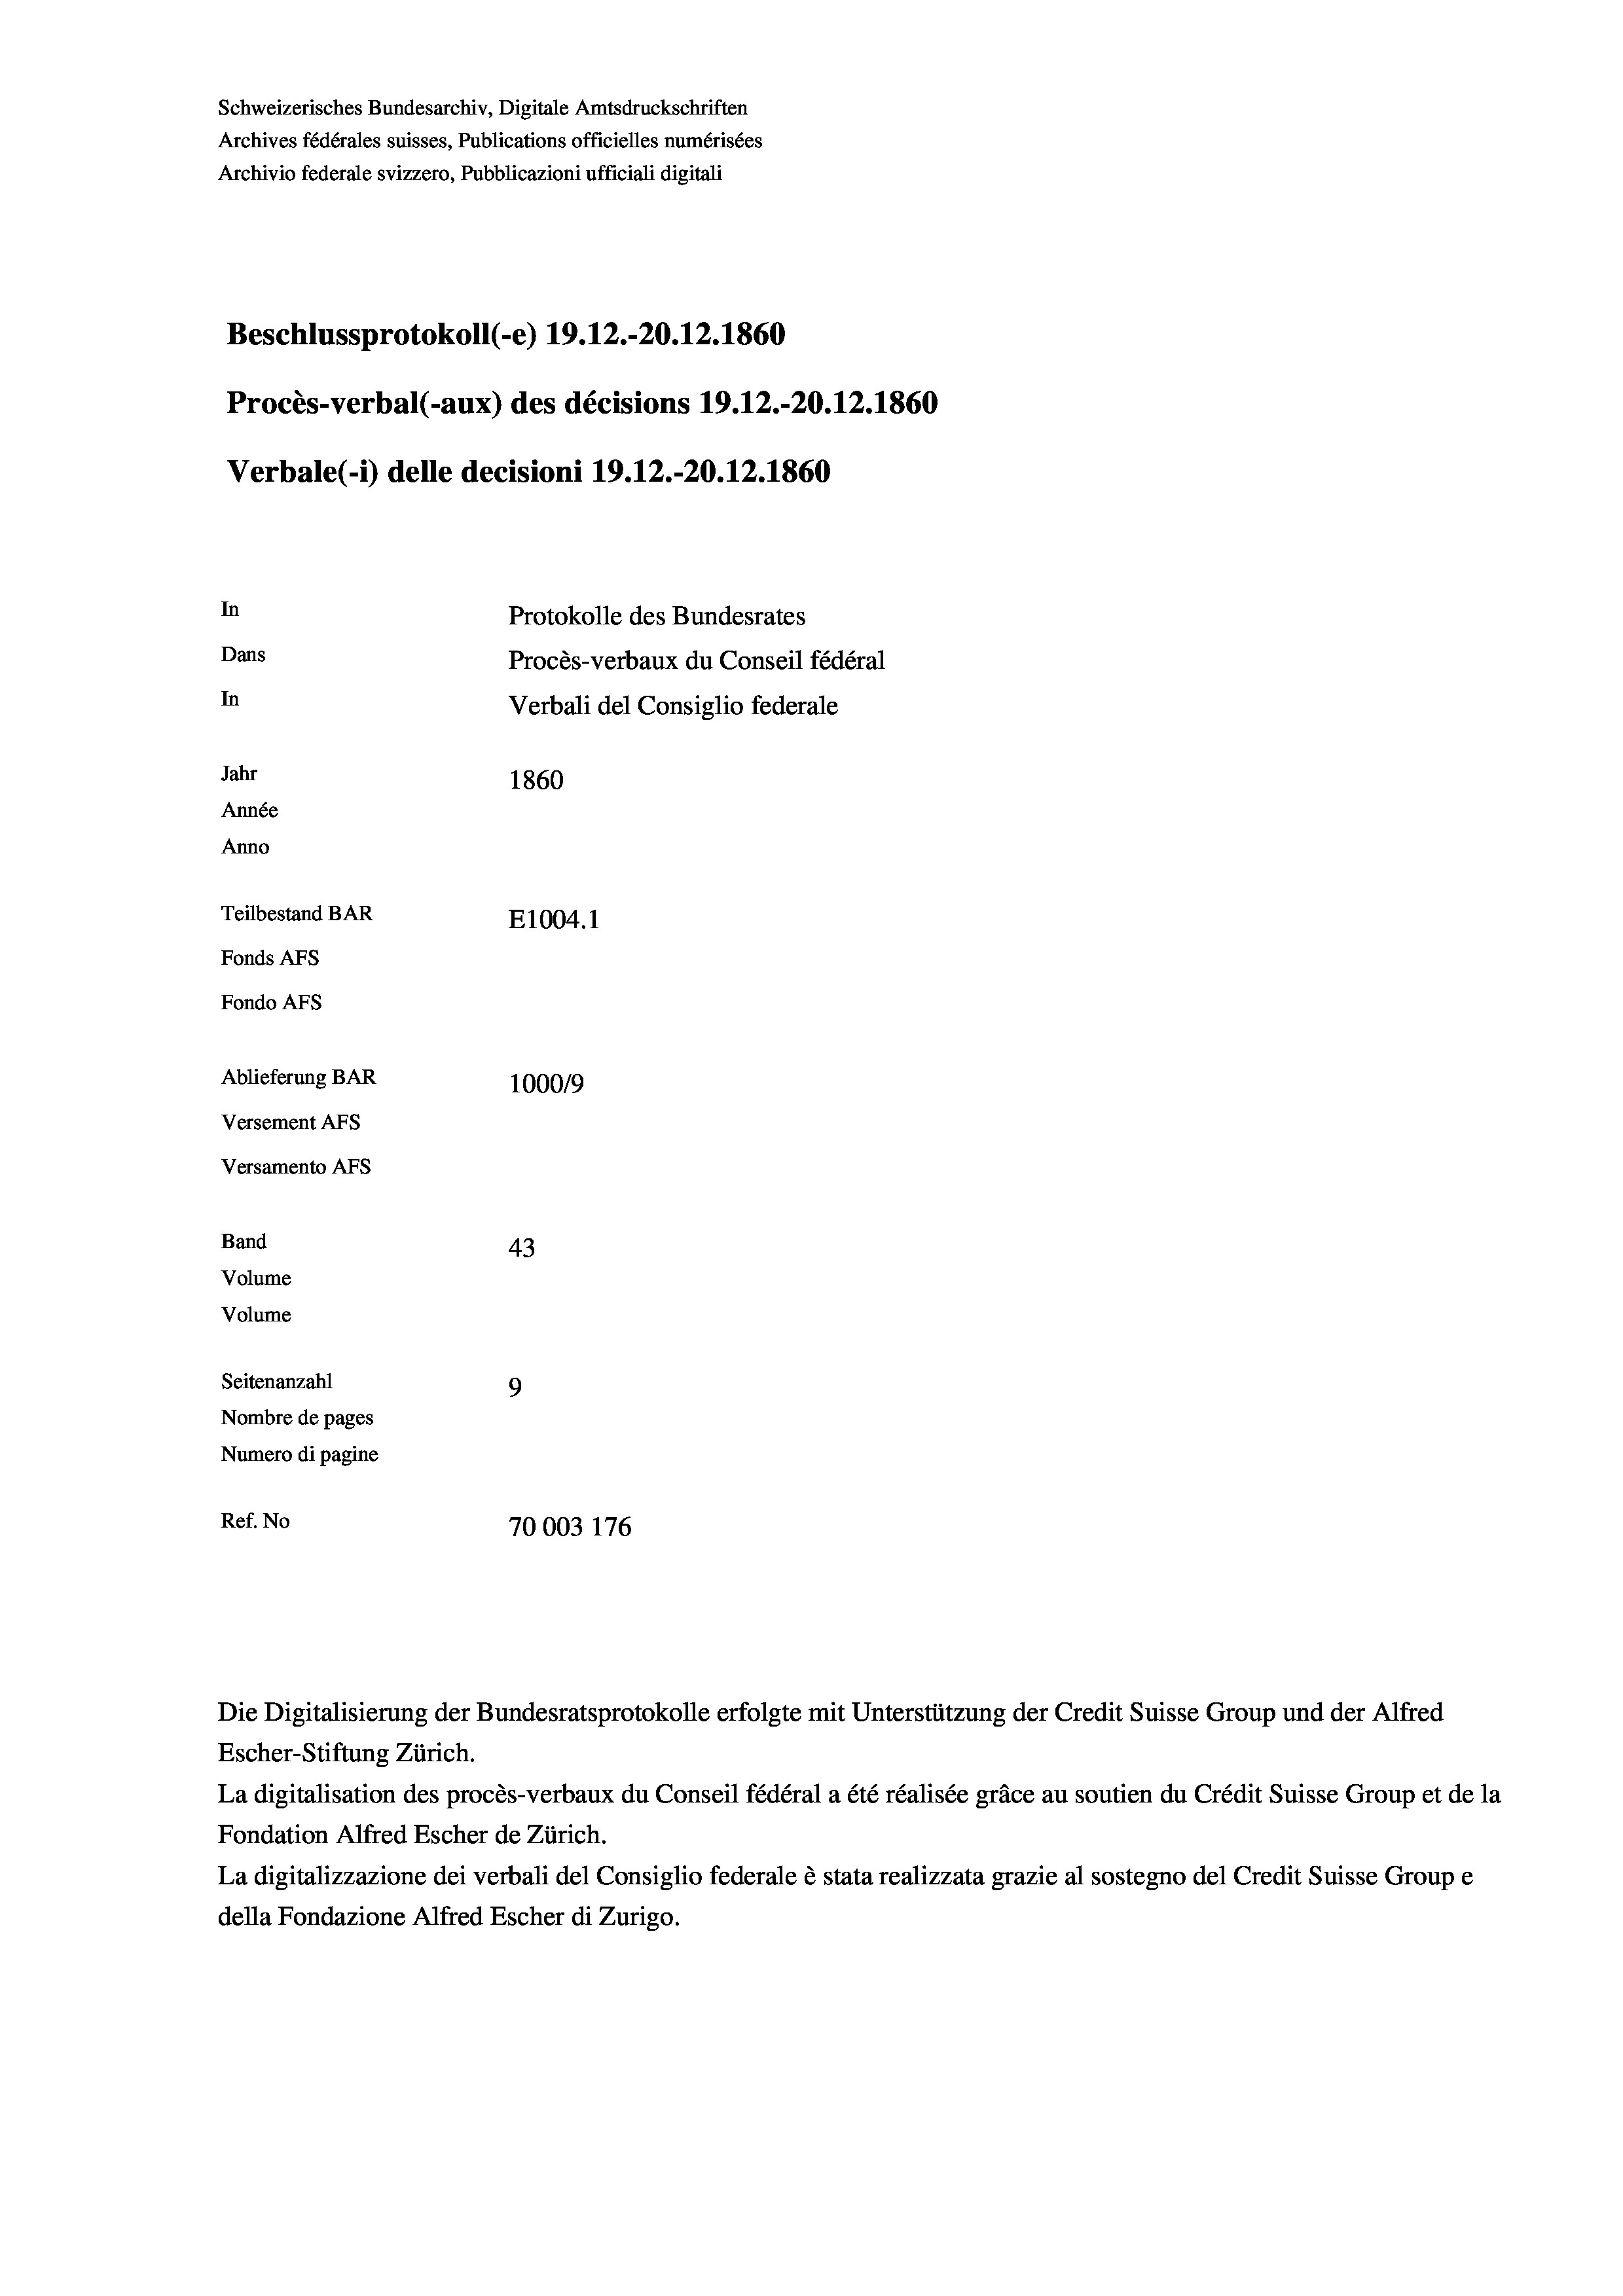
Schweizerisches Bundesarchiv, Digitale Amtsdruckschriften
Archives fédérales suisses, Publications officielles numérisées
Archivio federale svizzero, Pubblicazioni ufficiali digitali
Beschlussprotokoll (-e) 19. 12.-20.12.1860
Procès-verbal (-aux) des décisions 19.12.-20.12.1860
Verbale (i) delle decisioni 19.12.-20.12.1860
In
Protokolle des Bundesrates
Dans
Procès-verbaux du Conseil fédéral
In
Verbali del Consiglio federale
Jahr
1860
Année
Anno
Teilbestand BAR
E1004. 1
Fonds AFs
Fondo Afs
Ablieferung BAR
100019
Versement AFs
Versamento Afs
Band
43
Volume
Volume
Seitenanzahl
9
Nombre de pages
Numero di pagine

Ref. No
70003 176

La digitalisation des procès-verbaux du Conseil fédéral a été réalisée gräce au soutien du Crédit Suisse Group et de la
Fondation Alfred Escher de Zürich.
La digitalizzazione dei verbali del Consiglio federale è stata realizzata grazie al sostegno del Credit Suisse Groupe
della Fondazione Alfred Escher di Zurigo.

Die Digitalisierung der Bundesratsprotokolle erfolgte mit Unterstützung der Credit Suisse Group und der Alfred
Escher-Stiftung Zürich.